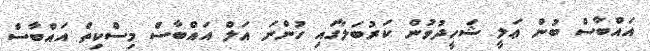
އައްބާސް ބުން ޢަލީ ޝަހީދުވުން ކަރުބަލާގައި ހުންނަ އަލް އައްބާސް މިސްކިތް އައްބާސް